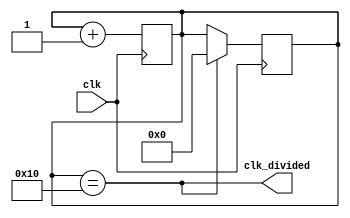
// This program was cloned from: https://github.com/RustamSubkhankulov/verilog-labs
// License: MIT License

module clk_div #(parameter X = 16)(
  input wire clk,

  output wire clk_divided
);

reg [$clog2(X):0]cnt = 0;
assign clk_divided = (cnt == X);

always @(posedge clk) begin
  cnt <= cnt + 1;
end

always @(negedge clk) begin
  if (clk_divided)
    cnt <= 0;
end

endmodule